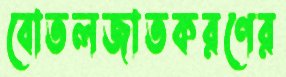
বোতলজাতকরণের